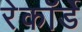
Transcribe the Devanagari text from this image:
रेकॉर्डे